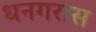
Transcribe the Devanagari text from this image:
धनगरास